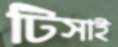
টিসাই